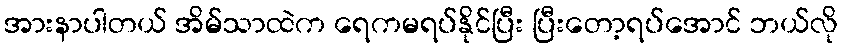
အားနာပါတယ် အိမ်သာထဲက ရေကမရပ်နိုင်ပြီး ပြီးတော့ရပ်အောင် ဘယ်လို